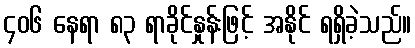
၄၀၆ နေရာ ၈၃ ရာခိုင်နှုန်းဖြင့် အနိုင် ရရှိခဲ့သည်။